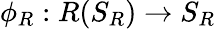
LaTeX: \phi_{R}:R(S_{R})\rightarrow S_{R}